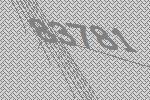
83781